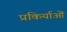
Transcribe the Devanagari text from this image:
प्रकिर्याओं